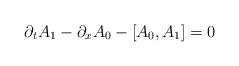
LaTeX: \begin{align*}\partial_{t} A_{1} - \partial_{x} A_{0} - \left[ A_{0} , A_{1}\right]= 0\end{align*}